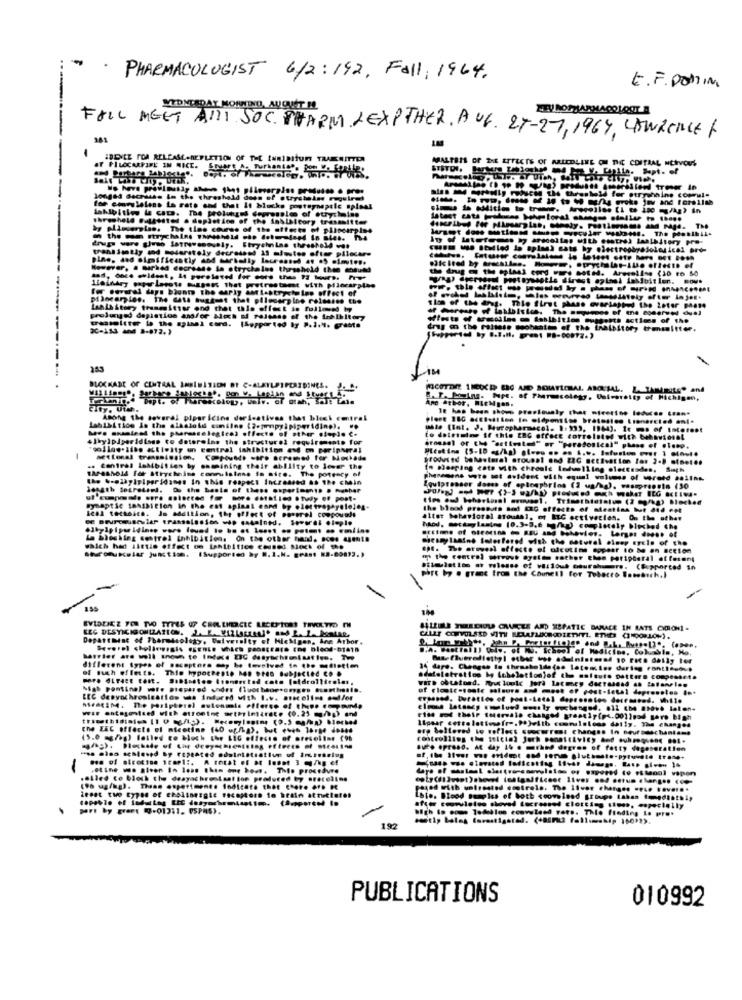
PHARMACOLOGIST 6/2:192, Fall, 1964.
E. F. DOMIN
WEDNESDAY MORNING, AUQUIET !!
--
FAIL MEET ALLI SOC. PHARM LEXPTHER. AUG. 2T-27,1964, LOWRENCE F
241
IDE.LE POA RELEASCANEFLETTON OF THE tunIaItUn TRAESITTER
MALTEIS of THE EITLETS OF ARLEDLINE ON THE CDITAAL NERVOUS
longed Sacrashs In the threshold dess of otrystelse requires
in IM Hly Phicin the threshold for stryshaine comul.
for com lelens La rate and that it blocks postupnepele splass
Throphold Fattosted . doplet inn of the Sob Licory tresmitte
by plasseralso. The tiae course of the effects of plinearpies
transimtiy and moderately decreased 15 mfustes efter pilecare
However, a marked decrease da strychales thrsshold the entund
Haindry pper Lerows masens thet potresteest with pilocarpine
Før oovaal days blunt the carly ant lastrycholno effect of
Lunlastory trammitter ond that thle effect so followed by
prolonged depiation and/or alch of release of the inhibitory
20-153 MM4
[Soppor ted by P.1.4. Grabts
drug on the raltese sochaatt of the inaleitor, trmsitter.
FICOTDR 1MEUCD ERC AMD SOITLEAL, ANTAL. L. TAMARILS" and
Ane Athor, MicMgos.
Ichigen,
City. Ut.
Among the tovaral pipar icine derivatives that blech central
LabibLtice As the alkaloid similne (@emmepyipiperiding). ..
4lbylpiperidisse to determine the structurel requirements for
to determine if this EBG ofrece correlated vich behavioral
"colloe.lise &tivity on central inhibition ens o peripheral
bronsel or (M "setinted" or "paradosical" phase of sleep.
setional tressmission, Compounds care seramed for Mochade
produced behavioral arousal ond ZIG activation lon 2-8 minet ..
.. Contras laMbitten by oneining their ability to lever the
fa sleeping cats with chreale ledulling electrodes, Such
"aPashold for Strychaise conrulalene is nice. The potency of
the &oplayipiperidames In this respect Increased as The chain
Equipressor doses of eplompbrins (1 up/hg), vasopressin (30
synaptic sanssition in the ent spinnt ened by eles trophyeleleg-
the blood pressure and CG offacts of nieattan but 414 Fet
leal tecadics. In addition, the affect of ponerel coopouals
alter behavioral arousal, ot RIG activation. On the other
La blocking control inhibition. On the other hand. Boes agents
which had Little effect on lanteitice cosses Noch of the
... The aroyesi affecte of alcotine copeer to be an Betton
( the control servout system eother thon peripheral afferent
port by . grant from the Council for Tobacco Somehoch,J
Bilmulation ar volesse of various courshimrs. (Supported in
HALLILE YMEDIOLA GUICLE ADD XSPATIE BANACE IN RATS CHRONI .
Department of Pharmacology, butversity of Michigan, Ann Arbor.
B.A. Wastrail) Golv. of Kb. School of Medicine, Colble, No.
different types of seceptore may be tavsived to the mediation
34 dare. Cheogse lo thresholdlados latentes during Pantiesout
of fach effects. This hypochente No Pres subjected Co .
adatalotrstino by lobslotionjof the softure pattern compensete
Niak pomtinel wore pispared undra (luorbeorromgro hostimsie.
wars obustund. Myus loule Jord latmey dacresssd as latanelos
of clonic-toute misure and most of post-letal depressies # **
LEC desynchronisation was indured with I.v. ascolise oul/or
wir antagonised with etronine arthrimirate (0.21 m/wg) and
Ilpaar certo lationfre.P.)with commisions daily. The changes
rise of their tudreale changed greatly(p <. 0011nad gare bigh
ore bollered to reflect coocurrent changes In neuromechanisms
QUE. OPTOS0. AR day 15 . mrhed degros of fetty degesetation
.alled to block the deayachronlast ton produced by orec oline
(9h ug/kg). Thean experiment. 16ditate that there *** *
Good with uotrosted controls. The ilver charges "ete kever ..
Lbto. Blood samples of both coomland groupe lahan 1medisthis
part by groet (-013:1. PSPMS).
high io come Todelos ccovutend vers. Thie finding is pret
after coorvistos shoved Locrossed clotting sinns, especially
192
PUBLICATIONS
010992